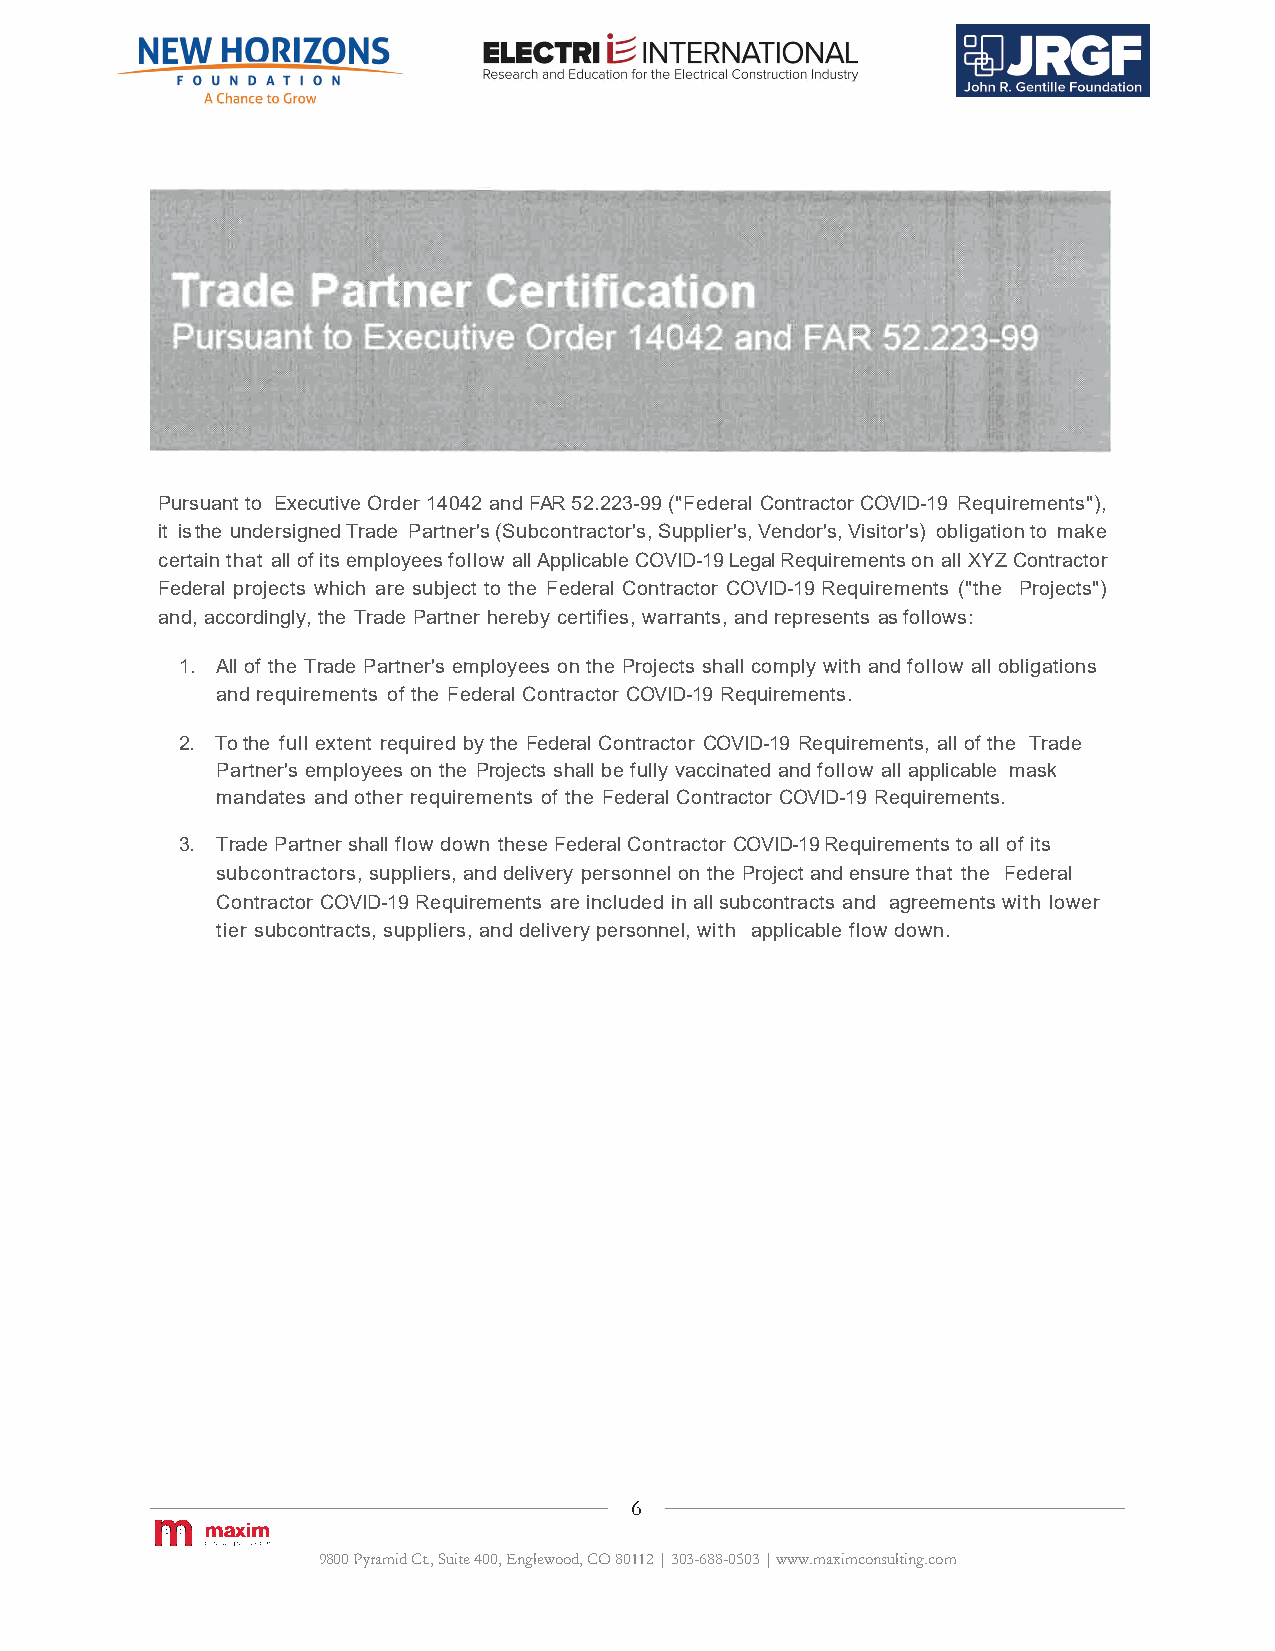
Pursuant to Executive Order 14042 and FAR52.223-99 ("Federal Contractor COVID-19 Requirements"),
 it is the undersigned Trade Partner's (Subcontractor's, Supplier's, Vendor's, Visitor's) obligation to make
 certain that all of its employees follow all Applicable COVID-19 Legal Requirements on all XYZ Contractor
 Federal projects which are subject to the Federal Contractor COVID-19Requirements ("the Projects")
 and,accordingly, the Trade Partner hereby certifies, warrants, and represents asfollows:
 1. All of the Trade Partner's employees onthe Projects shall comply with andfollow all obligations
 and requirements of the Federal Contractor COVID-19 Requirements.
 2. Tothe full extent required bythe Federal Contractor COVID-19 Requirements, allof the Trade
 Partner's employees on the Projects shall be fully vaccinated andfollow all applicable mask
 mandates andother requirements of the Federal Contractor COVID-19 Requirements.
 3. Trade Partner shall flow down these Federal Contractor COVID-19Requirements toall of its
 subcontractors, suppliers, and delivery personnel on the Project and ensure that the Federal
 Contractor COVID-19 Requirements are included in allsubcontracts and agreements with lower
 tier subcontracts, suppliers, and delivery personnel, with applicable flow down.
 6
 9800 Pyramid Ct., Suite 400, Englewood, CO 80112 | 303-688-0503 | www.maximconsulting.com